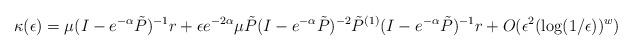
LaTeX: \begin{align*}\kappa(\epsilon) = \mu(I-e^{-\alpha}\tilde{P})^{-1}r + \epsilon e^{-2\alpha}\mu \tilde{P}(I-e^{-\alpha}\tilde{P})^{-2}\tilde{P}^{(1)}(I-e^{-\alpha}\tilde{P})^{-1}r + O(\epsilon^2(\log(1/\epsilon))^w) \end{align*}